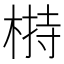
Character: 𣖖